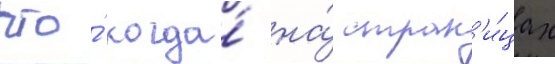
что́ когда́ на́ стран'и́цах